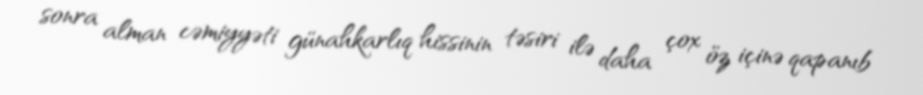
sonra alman cəmiyyəti günahkarlıq hissinin təsiri ilə daha çox öz içinə qapanıb